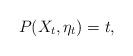
LaTeX: \begin{align*}P(X_t,\eta_t)=t,\end{align*}